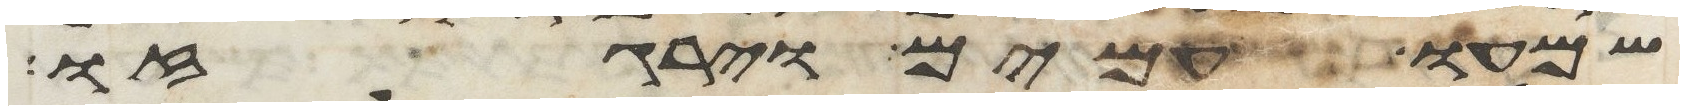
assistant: שמעו עמים וירגזו